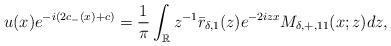
LaTeX: \begin{align*}\begin{aligned}u(x)e^{-i(2c_-(x)+c)}&=\frac{1}{\pi} \int_{\mathbb{R}} z^{-1}\bar{r}_{\delta,1}(z) e^{-2izx} M_{\delta,+,11}(x;z) dz,\end{aligned}\end{align*}